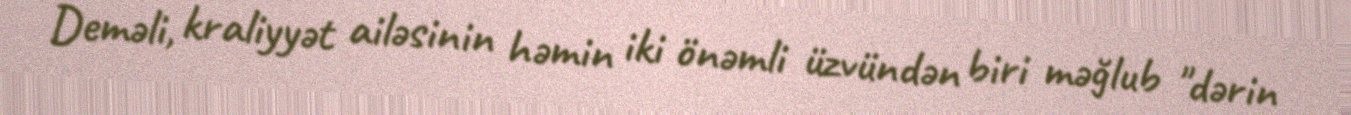
Deməli, kraliyyət ailəsinin həmin iki önəmli üzvündən biri məğlub "dərin